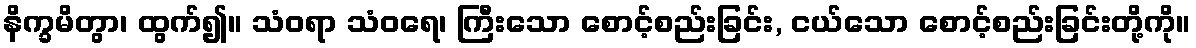
နိက္ခမိတွာ၊ ထွက်၍။ သံဝရာ သံဝရေ၊ ကြီးသော စောင့်စည်းခြင်း, ငယ်သော စောင့်စည်းခြင်းတို့ကို။